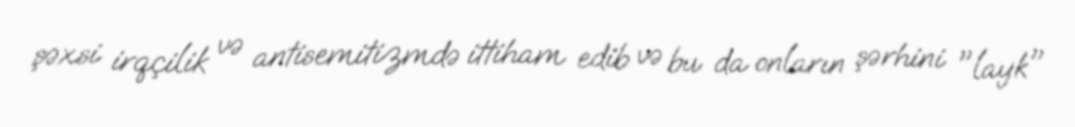
şəxsi irqçilik və antisemitizmdə ittiham edib və bu da onların şərhini "layk"